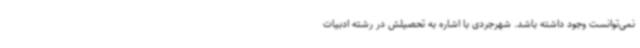
نمی‌توانست وجود داشته باشد. شهرجردی با اشاره به تحصیلش در رشته ادبیات